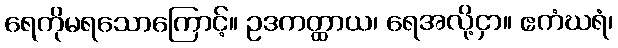
ရေကိုမရသောကြောင့်။ ဥဒကတ္ထာယ၊ ရေအလို့ငှာ။ ဧကံဃရံ၊